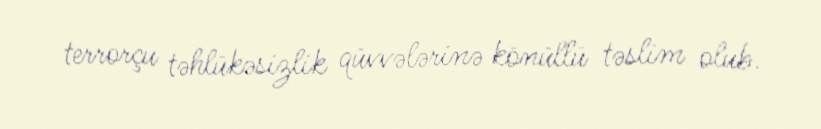
terrorçu təhlükəsizlik qüvvələrinə könüllü təslim olub.